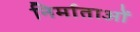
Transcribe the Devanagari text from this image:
निर्माताआें